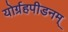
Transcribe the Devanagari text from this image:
योर्ग्रहपीडनम्